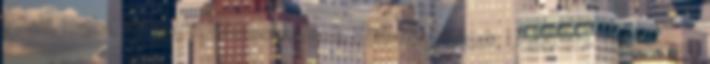
Püski, Rajka, Újrónafő, Vámosszabadi, Várbalog, Vének ▪LEADER - Közhasznú